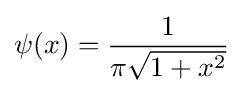
\psi (x)={\frac {1}{\pi {\sqrt {1+x^{2}}}}}